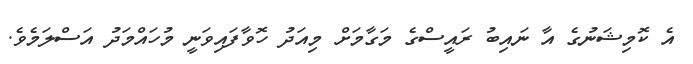
އެ ކޮމިޝަނުގެ އާ ނައިބު ރައީސްގެ މަގާމަށް މިއަދު ހޮވާފައިވަނީ މުހައްމަދު އަސްލަމެވެ.